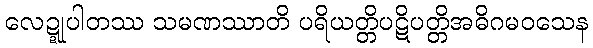
လေဍ္ဍုပါတဿ သမဏဿာတိ ပရိယတ္တိပဋိပတ္တိအဓိဂမဝသေန